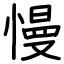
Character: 慢